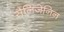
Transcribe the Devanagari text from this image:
सैलिजेनिन